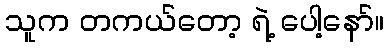
သူက တကယ်တော့ ရဲ့ ပေါ့နော်။